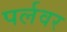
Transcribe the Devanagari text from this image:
पर्लवर